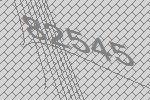
82545